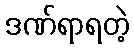
ဒဏ်ရာရတဲ့